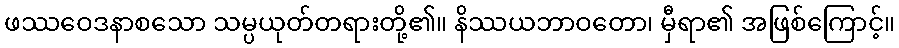
ဖဿဝေဒနာစသော သမ္ပယုတ်တရားတို့၏။ နိဿယဘာဝတော၊ မှီရာ၏ အဖြစ်ကြောင့်။